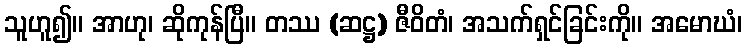
သူဟူ၍။ အာဟု၊ ဆိုကုန်ပြီ။ တဿ (ဆဋ္ဌ) ဇီဝိတံ၊ အသက်ရှင်ခြင်းကို။ အမောဃံ၊